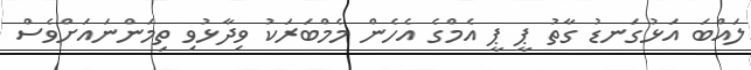
ލައްބަ އަޅުގަނޑު ގާތު ޕީ ޕީ އެމްގެ އެހެން މެމްބަރަކު ވިދާޅުވި ތިމަންނައަށްވެސް